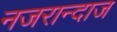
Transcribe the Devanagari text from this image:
नजरान्दाज